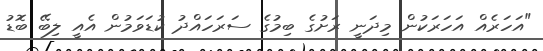
"އަހަރެއް އަހަރަކުން މިދަނީ ރަށުގެ ބިމުގެ ސަރަހައްދު ކުޑަވަމުން އެއީ ލިބޭ ބޮޑު